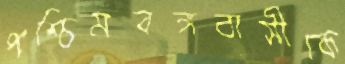
পশ্চিমবঙ্গবাসীকে